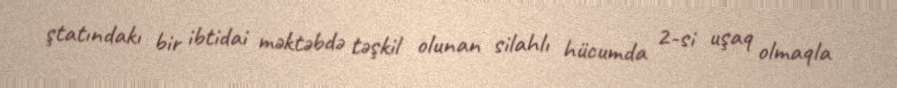
ştatındakı bir ibtidai məktəbdə təşkil olunan silahlı hücumda 2-si uşaq olmaqla